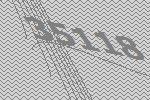
35118